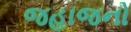
જહાજનો